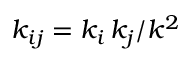
k _ { i j } = k _ { i } \, k _ { j } / k ^ { 2 }